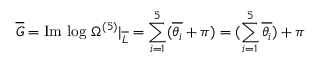
\overline { { { G } } } = \mathrm { I m ~ l o g ~ } \Omega ^ { ( 5 ) } | _ { \overline { { { L } } } } = \sum _ { i = 1 } ^ { 5 } ( \overline { { { \theta _ { i } } } } + \pi ) = ( \sum _ { i = 1 } ^ { 5 } \overline { { { \theta _ { i } } } } ) + \pi